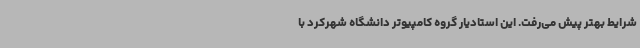
شرایط بهتر پیش می‌رفت. این استادیار گروه کامپیوتر دانشگاه شهرکرد با